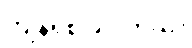
ကျန်ရစ် ခဲ့ပါတယ်။